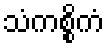
သံကစ္စိကံ